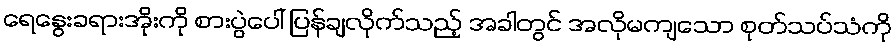
ရေနွေးခရားအိုးကို စားပွဲပေါ် ပြန်ချလိုက်သည့် အခါတွင် အလိုမကျသော စုတ်သပ်သံကို